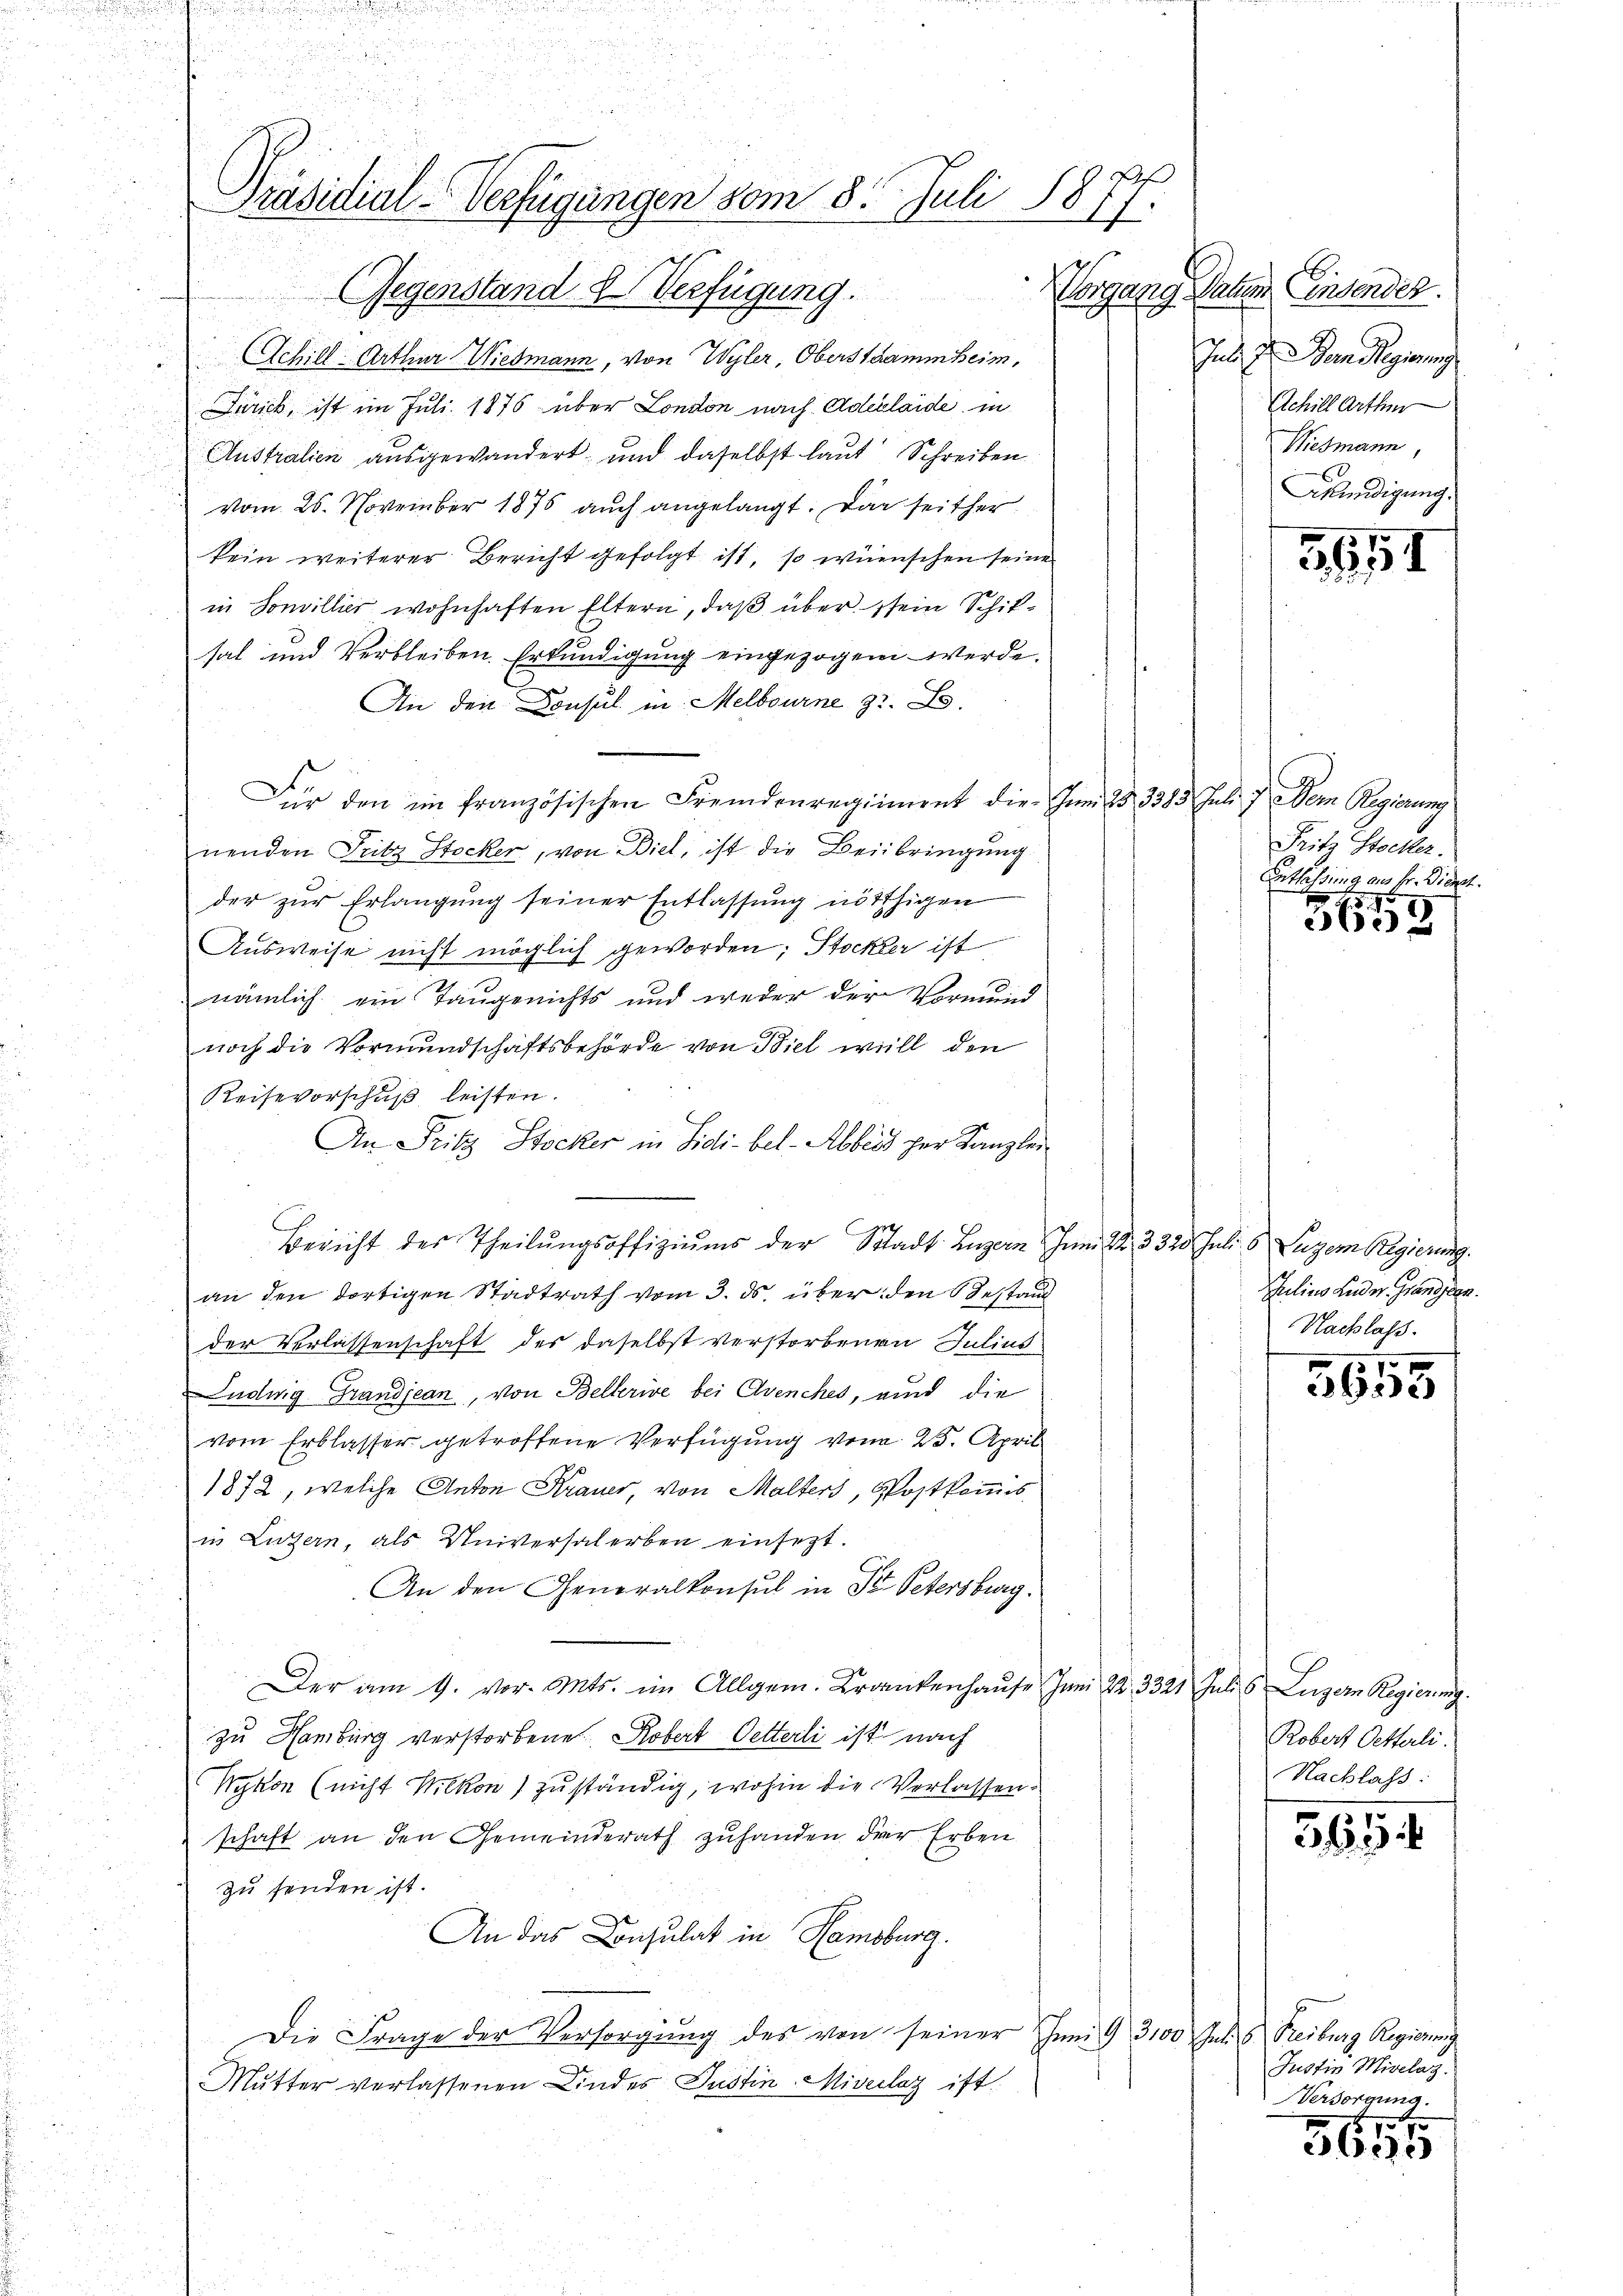
Präsidial-Verfügungen vom 8. Juli 1877.
Gegenstand d. Verfügung.

Schill-Arthur Wiedmann, von Wyler, Oberstammheim,
Zürich, ist im Juli 1876 über London nach Adelaide, in
Australien ausgewandert, und daselbst laut Schreiben
vom 25. November 1876 auch angelangt. Das seither
kein weiterer Bericht gefolgt ist, so wünschen seine
in Sonvillier wohnhaften Eltern, daß über sein Schifsal und Verbleiben. Erkundigung eingezogen werde.
An den Consul in Melbourne 37. B.
Für den im französischen Fremdenregiment die Juni 25 3385. Juli 7. Dem Regierung
nenden Fritz Stocker, von Biel, ist die Beibringung
der zur Erlangung seiner Entlassung nöthigen
Ausweise nicht möglich geworden; Stockter ist
nämlich ein Taugenichts und weder der Vormund
noch die Vormundschaftsbehörde von Biel will den
Reisevorschuß leisten.
.
An Fritz Stocker in Sidi-bel-Abbers her Kanzlei
Bericht der Theilŭngsoffiziŭms der Stadt Luzern Inn S. 3325. Juli 5 Luzern Regierung.
an den dortigen Stadtrath vom 3. ds. über den Gestand
der Verlassenschaft des daselbst verstorbenen Julius
Ludwig Grandjean, von Bellerive bei Avenches, und die
vom Erblasser getroffene Verfügung von 25. April
1872, welche Anton Krauer, von Malters, Postkommis
in Luzern, als Universalerben einsezt.
An den Generalkonsul in St. Petersburg.
Der am 9. vor. Mts. im Allgem. Krankenhaŭse Juni 22. 3321 Juli 6 Luzern Regierung
zu Hamburg verstorbene Robert Oetterli ist nach
Wykon (nicht Wilkon) zuständig, wohin die Verlassen.
schaft an den Gemeinderath zuhanden der Erben
zu senden ist.
An das Consulat in Hamburg.
Die Frage der Versorgung des von seiner Juni 9 3100 Julius Freiburg Regierung
Mutter verlassenen Kindes Justin Miserlag ist.

Vorgang daher Einsendes.
Jb. Er an Regierung
Schill Arthur
Wiesmann,
Bkündigung.

551

Fritz Stocker.
Entlassung an Sr. Diert.
6

3608

Julian Leider. Grandjean.
Nachlaß.
1

563.

Robert Oetterli.
Nachlass:

561

Justiz Mivelaz.
Versorgung.
17 x

Beile